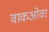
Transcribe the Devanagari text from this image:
वाकओवर